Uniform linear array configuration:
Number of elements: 48
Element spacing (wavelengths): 0.5
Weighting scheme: blackman
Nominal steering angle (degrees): -60
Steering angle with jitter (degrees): -58.435
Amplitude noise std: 0.05
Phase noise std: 0.05

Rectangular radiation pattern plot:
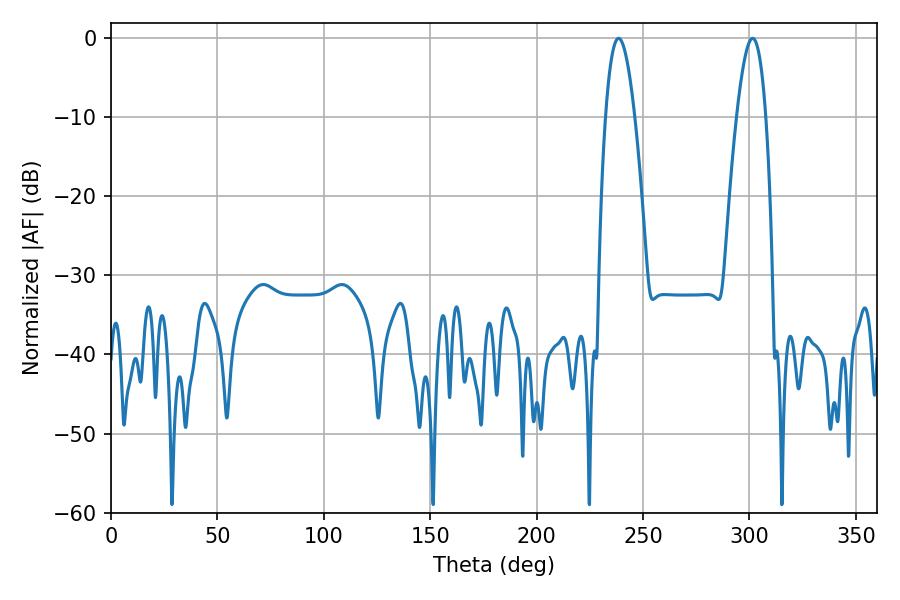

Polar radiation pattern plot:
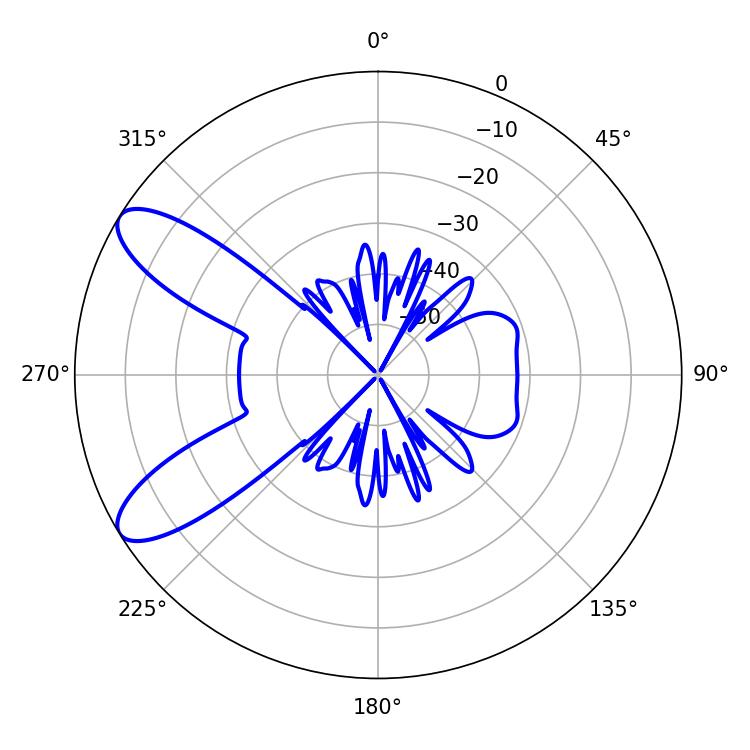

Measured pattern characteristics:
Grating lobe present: FALSE
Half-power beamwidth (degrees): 7.56
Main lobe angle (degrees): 238.5